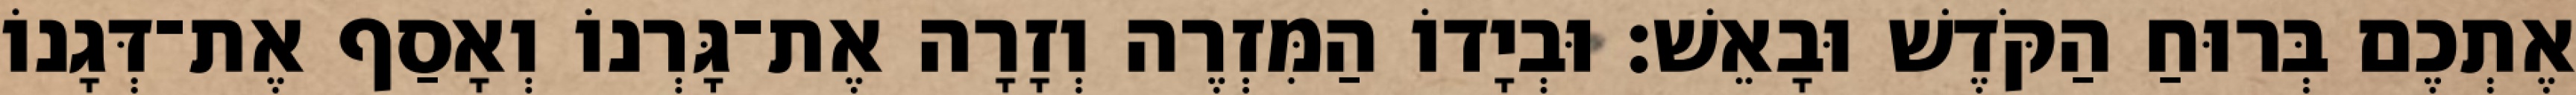
אֶתְכֶם בְּרוּחַ הַקֹּדֶשׁ וּבָאֵשׁ׃ וּבְיָדוֹ הַמִּזְרֶה וְזָרָה אֶת־גָּרְנוֹ וְאָסַף אֶת־דְּגָנוֹ